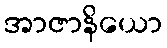
အာဇာနိယော